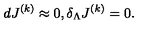
d J ^ { ( k ) } \approx 0 , \delta _ { \Lambda } J ^ { ( k ) } = 0 .